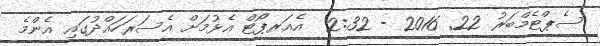
ސެޕްޓެމްބަރު 22